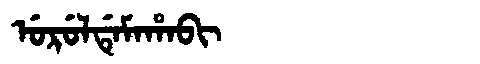
Manchu: ᡠᡵᡠᠯᡩᡝᠮᠠᡥᠠᠪᡳ
Romanization: URULDEMAHABI